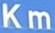
Km